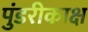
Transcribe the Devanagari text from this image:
पुंडरीकाक्ष